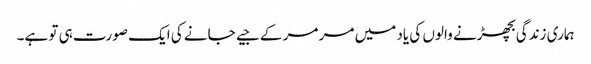
ہماری زندگی بچھڑنے والوں کی یاد میں مر مر کے جیے جانے کی ایک صورت ہی تو ہے۔